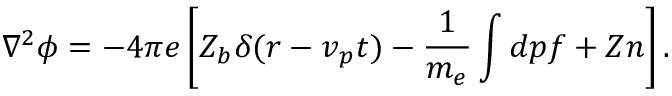
\nabla ^ { 2 } \phi = - 4 \pi e \left[ Z _ { b } \delta ( \boldsymbol { r } - \boldsymbol { v } _ { p } t ) - \frac { 1 } { m _ { e } } \int d \boldsymbol { p } f + Z n \right] .